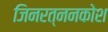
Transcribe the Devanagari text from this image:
जिनरत्ननकोश